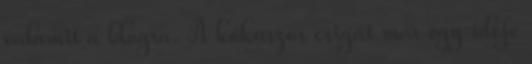
valamit a blogra. A kókuszos csigát már egy ideje